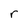
Character: r